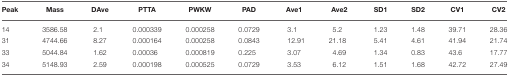
<table><thead><tr><td><b>Peak</b></td><td><b>Mass</b></td><td><b>DAve</b></td><td><b>PTTA</b></td><td><b>PWKW</b></td><td><b>PAD</b></td><td><b>Ave1</b></td><td><b>Ave2</b></td><td><b>SD1</b></td><td><b>SD2</b></td><td><b>CV1</b></td><td><b>CV2</b></td></tr></thead><tbody><tr><td>14</td><td>3586.58</td><td>2.1</td><td>0.000339</td><td>0.000258</td><td>0.0729</td><td>3.1</td><td>5.2</td><td>1.23</td><td>1.48</td><td>39.71</td><td>28.36</td></tr><tr><td>31</td><td>4744.66</td><td>8.27</td><td>0.000164</td><td>0.000258</td><td>0.0843</td><td>12.91</td><td>21.18</td><td>5.41</td><td>4.61</td><td>41.94</td><td>21.74</td></tr><tr><td>33</td><td>5044.84</td><td>1.62</td><td>0.00036</td><td>0.000819</td><td>0.225</td><td>3.07</td><td>4.69</td><td>1.34</td><td>0.83</td><td>43.6</td><td>17.77</td></tr><tr><td>34</td><td>5148.93</td><td>2.59</td><td>0.000198</td><td>0.000525</td><td>0.0729</td><td>3.53</td><td>6.12</td><td>1.51</td><td>1.68</td><td>42.72</td><td>27.49</td></tr></tbody></table>